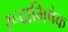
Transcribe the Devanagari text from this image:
रूद्राभिषेक